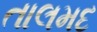
તાલમદ